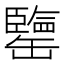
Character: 𦉞